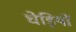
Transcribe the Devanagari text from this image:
घेड़ियों